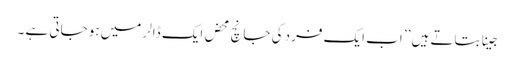
جینا بتاتے ہیں ’’ اب ایک فرد کی جانچ محض ایک ڈالر میں ہو جاتی ہے ۔